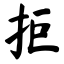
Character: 拒